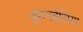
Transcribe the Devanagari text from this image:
बुगनबेलिया